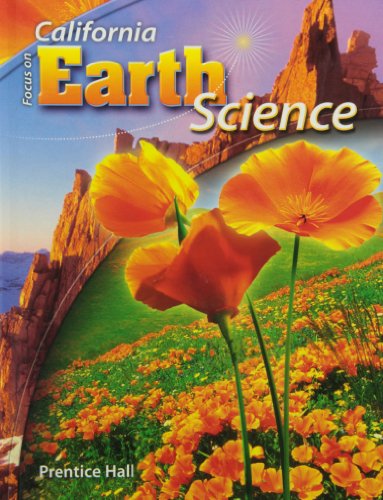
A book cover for Focus on Earth Science California Edition (California Science Explorer); Jan Jenner; Teen & Young Adult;